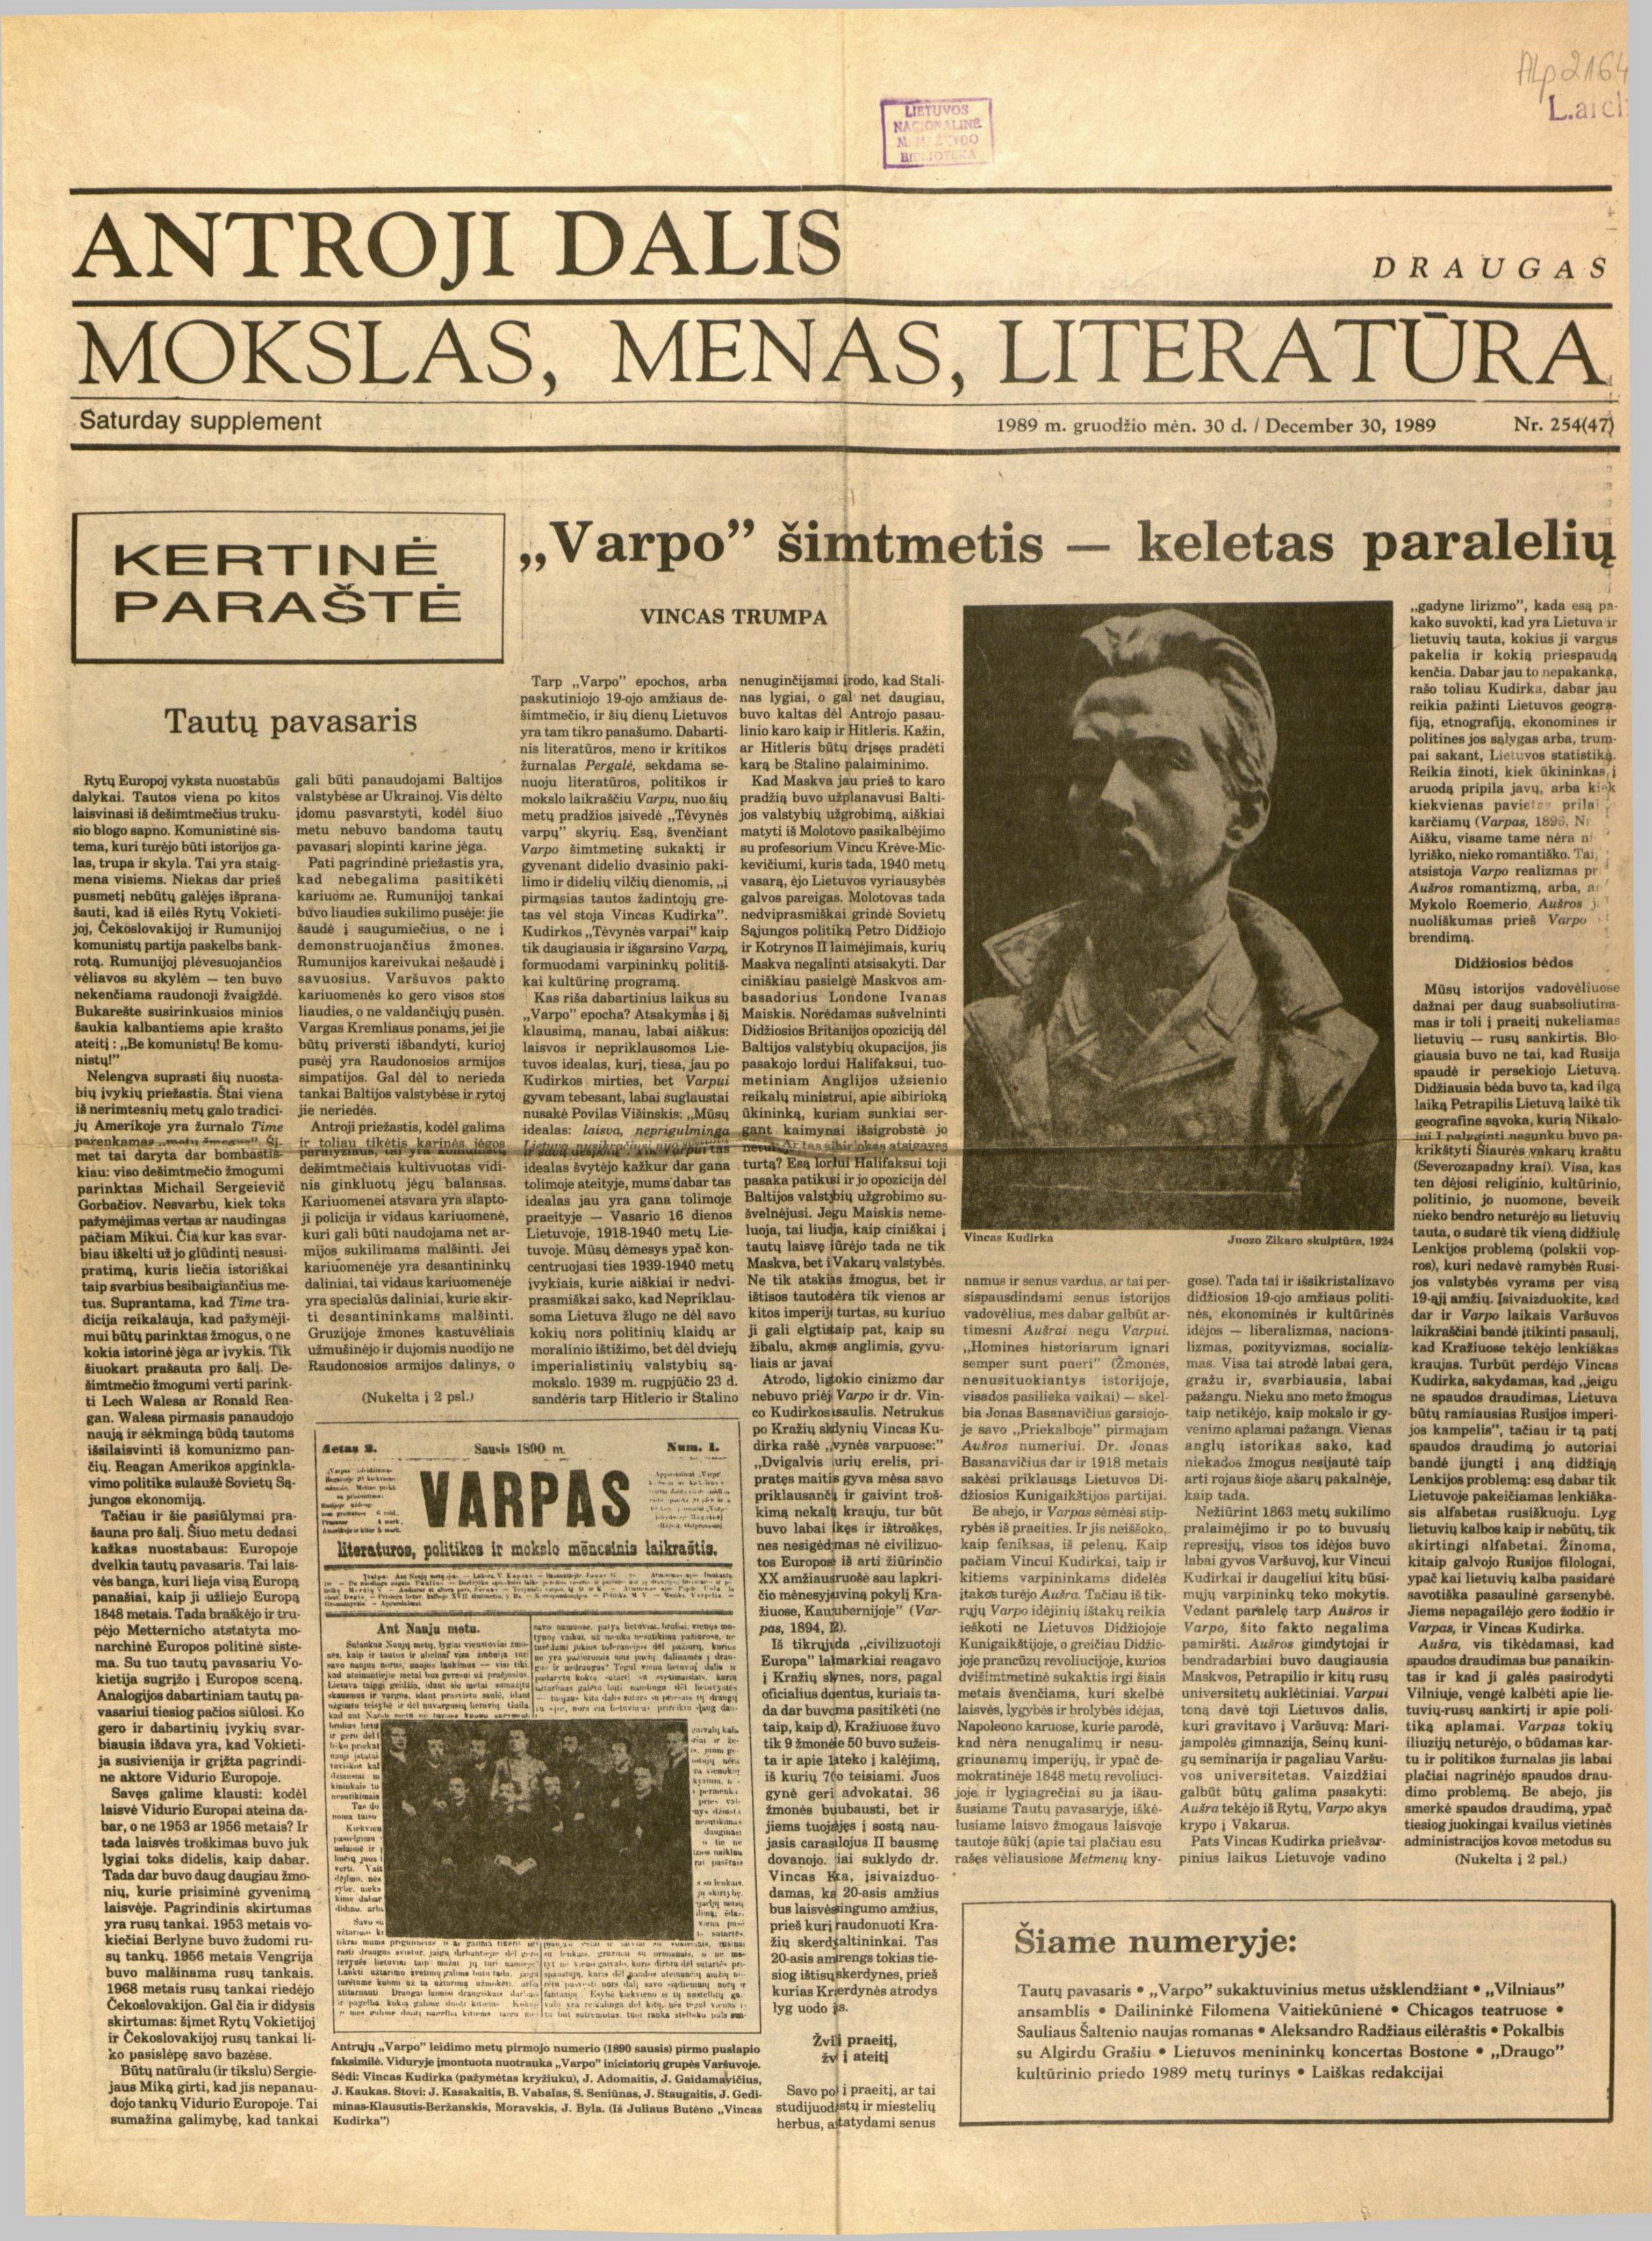
Language: lt